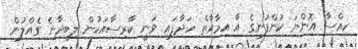
ހިއްސާ އޮންނަ ކުންފުނީގެ އާ އިމާރާތް ހަދާފައި ވަނީ ކާރިސާއަކުން ލިބިދާނެ ގެއްލުން